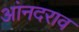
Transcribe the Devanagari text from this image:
आंनदराव